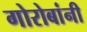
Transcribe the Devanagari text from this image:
गोरोबांनी